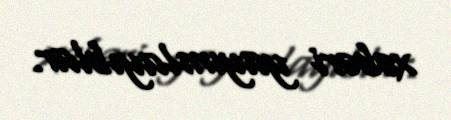
xəbəri yayımlayıblar.